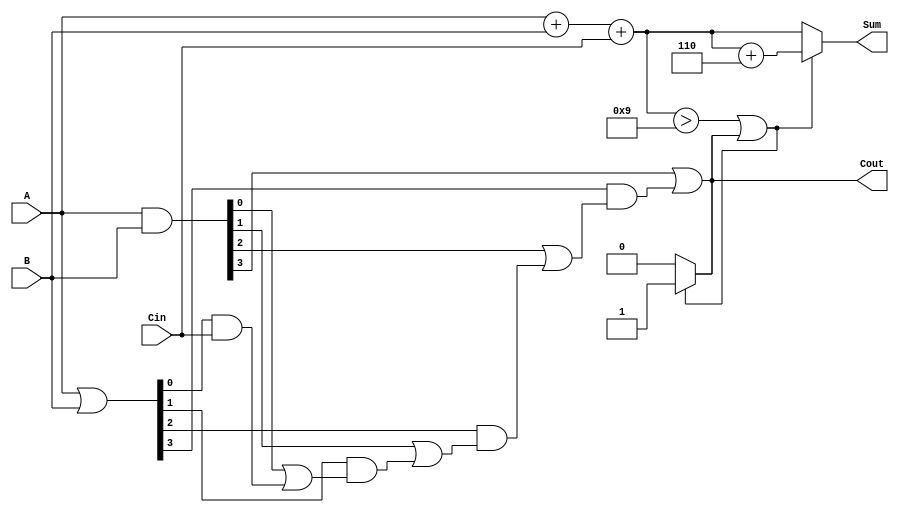
module BCD_Carry_Lookahead_Adder (
    input  [3:0] A,      // First BCD digit
    input  [3:0] B,      // Second BCD digit
    input        Cin,     // Carry input
    output reg [3:0] Sum, // BCD sum output
    output reg Cout       // Carry output
);

    // Internal signals
    wire [3:0] S;        // Initial binary sum
    wire [3:0] G;        // Generate signals
    wire [3:0] P;        // Propagate signals
    wire C1, C2, C3;     // Carry signals

    // Step 1: Initial sum calculation
    assign S = A + B + Cin;

    // Step 2: Generate and propagate logic
    assign G = A & B;               // Generate
    assign P = A | B;               // Propagate

    // Carry lookahead logic
    assign C1 = G[0] | (P[0] & Cin);
    assign C2 = G[1] | (P[1] & C1);
    assign C3 = G[2] | (P[2] & C2);
    assign Cout = G[3] | (P[3] & C3);

    // Step 3: BCD correction logic
    always @(*) begin
        if (S > 9 || Cout) begin
            Sum = S + 4'b0110; // Add 6 to adjust to BCD
            Cout = 1;          // Set carry out
        end else begin
            Sum = S;           // No adjustment needed
            Cout = 0;         // Clear carry out
        end
    end

endmodule